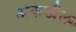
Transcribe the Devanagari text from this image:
अकखैल